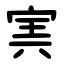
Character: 㝙